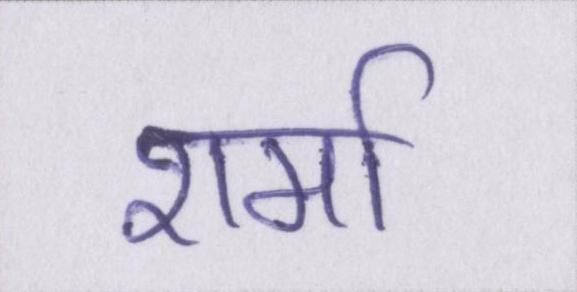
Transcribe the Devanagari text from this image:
शर्मा